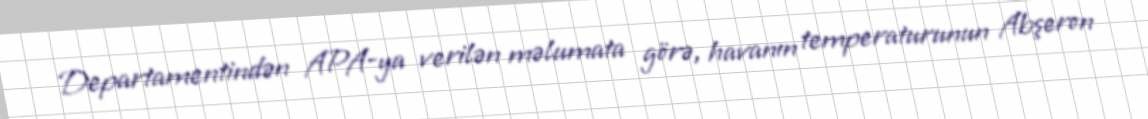
Departamentindən APA-ya verilən məlumata görə, havanın temperaturunun Abşeron